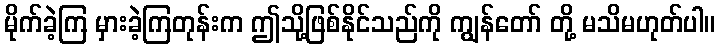
မိုက်ခဲ့ကြ မှားခဲ့ကြတုန်းက ဤသို့ဖြစ်နိုင်သည်ကို ကျွန်တော် တို့ မသိမဟုတ်ပါ။